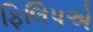
ફિલિપએ